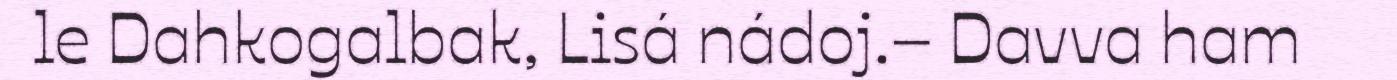
le Dahkogalbak, Lisá nádoj.– Davva ham